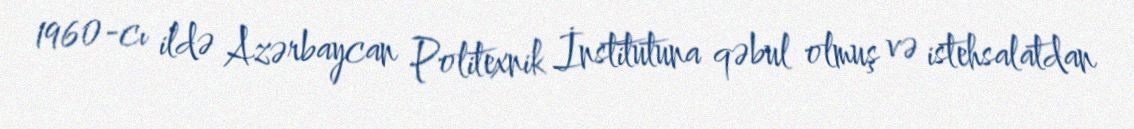
1960-cı ildə Azərbaycan Politexnik İnstitutuna qəbul olmuş və istehsalatdan